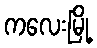
ကလေးမြို့